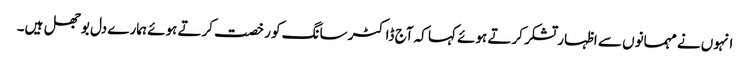
انہوں نے مہمانوں سے اظہار تشکر کرتے ہوئے کہا کہ آج ڈاکٹر سانگ کو رخصت کرتے ہوئے ہمارے دل بوجھل ہیں۔